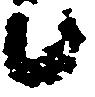
候